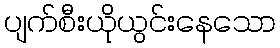
ပျက်စီးယိုယွင်းနေသော